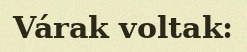
Várak voltak: